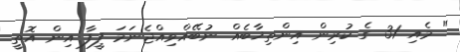
" މެއި 31 ގެ ކުރިން އިންތިޚާބެއް ނުބޭއްވިއްޖެނަމަ ފީފާ އިން އޮތީ